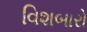
વિશબારો